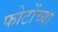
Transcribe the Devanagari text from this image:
फोटोंच्या